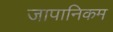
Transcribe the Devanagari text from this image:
जापानिकम